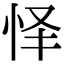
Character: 怿